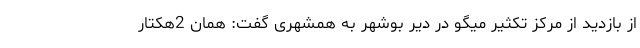
از بازدید از مرکز تکثیر میگو در دیر بوشهر به همشهری گفت: همان 2هکتار